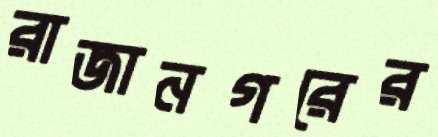
রাজানগরের